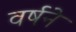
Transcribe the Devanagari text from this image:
वर्षने